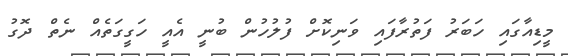
މީޑިއާގައި ހަބަރު ފަތުރާފައި ވަނިކޮށް ފުލުހުން ބުނީ އެއީ ހަގީގަތެއް ނެތް ދޮގު